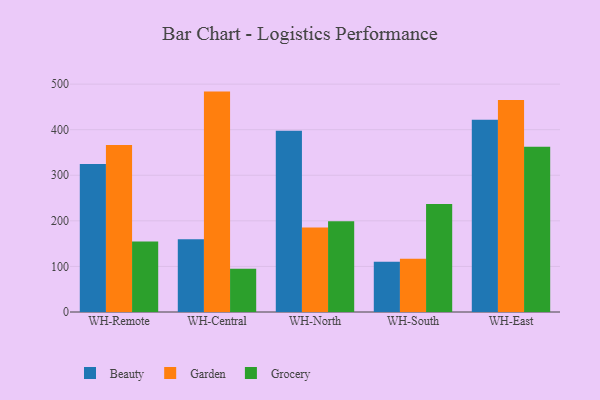
{"axis": {"x": "Warehouse", "y": "Energy Usage (MWh)"}, "legend": ["Beauty", "Garden", "Grocery"], "data": [{"x": "WH-Remote", "y": 324.6, "type": "Beauty"}, {"x": "WH-Remote", "y": 366.7, "type": "Garden"}, {"x": "WH-Remote", "y": 154.8, "type": "Grocery"}, {"x": "WH-Central", "y": 159.5, "type": "Beauty"}, {"x": "WH-Central", "y": 483.6, "type": "Garden"}, {"x": "WH-Central", "y": 94.9, "type": "Grocery"}, {"x": "WH-North", "y": 397.8, "type": "Beauty"}, {"x": "WH-North", "y": 185.6, "type": "Garden"}, {"x": "WH-North", "y": 199.3, "type": "Grocery"}, {"x": "WH-South", "y": 110.4, "type": "Beauty"}, {"x": "WH-South", "y": 117.0, "type": "Garden"}, {"x": "WH-South", "y": 236.8, "type": "Grocery"}, {"x": "WH-East", "y": 421.9, "type": "Beauty"}, {"x": "WH-East", "y": 464.9, "type": "Garden"}, {"x": "WH-East", "y": 362.4, "type": "Grocery"}]}